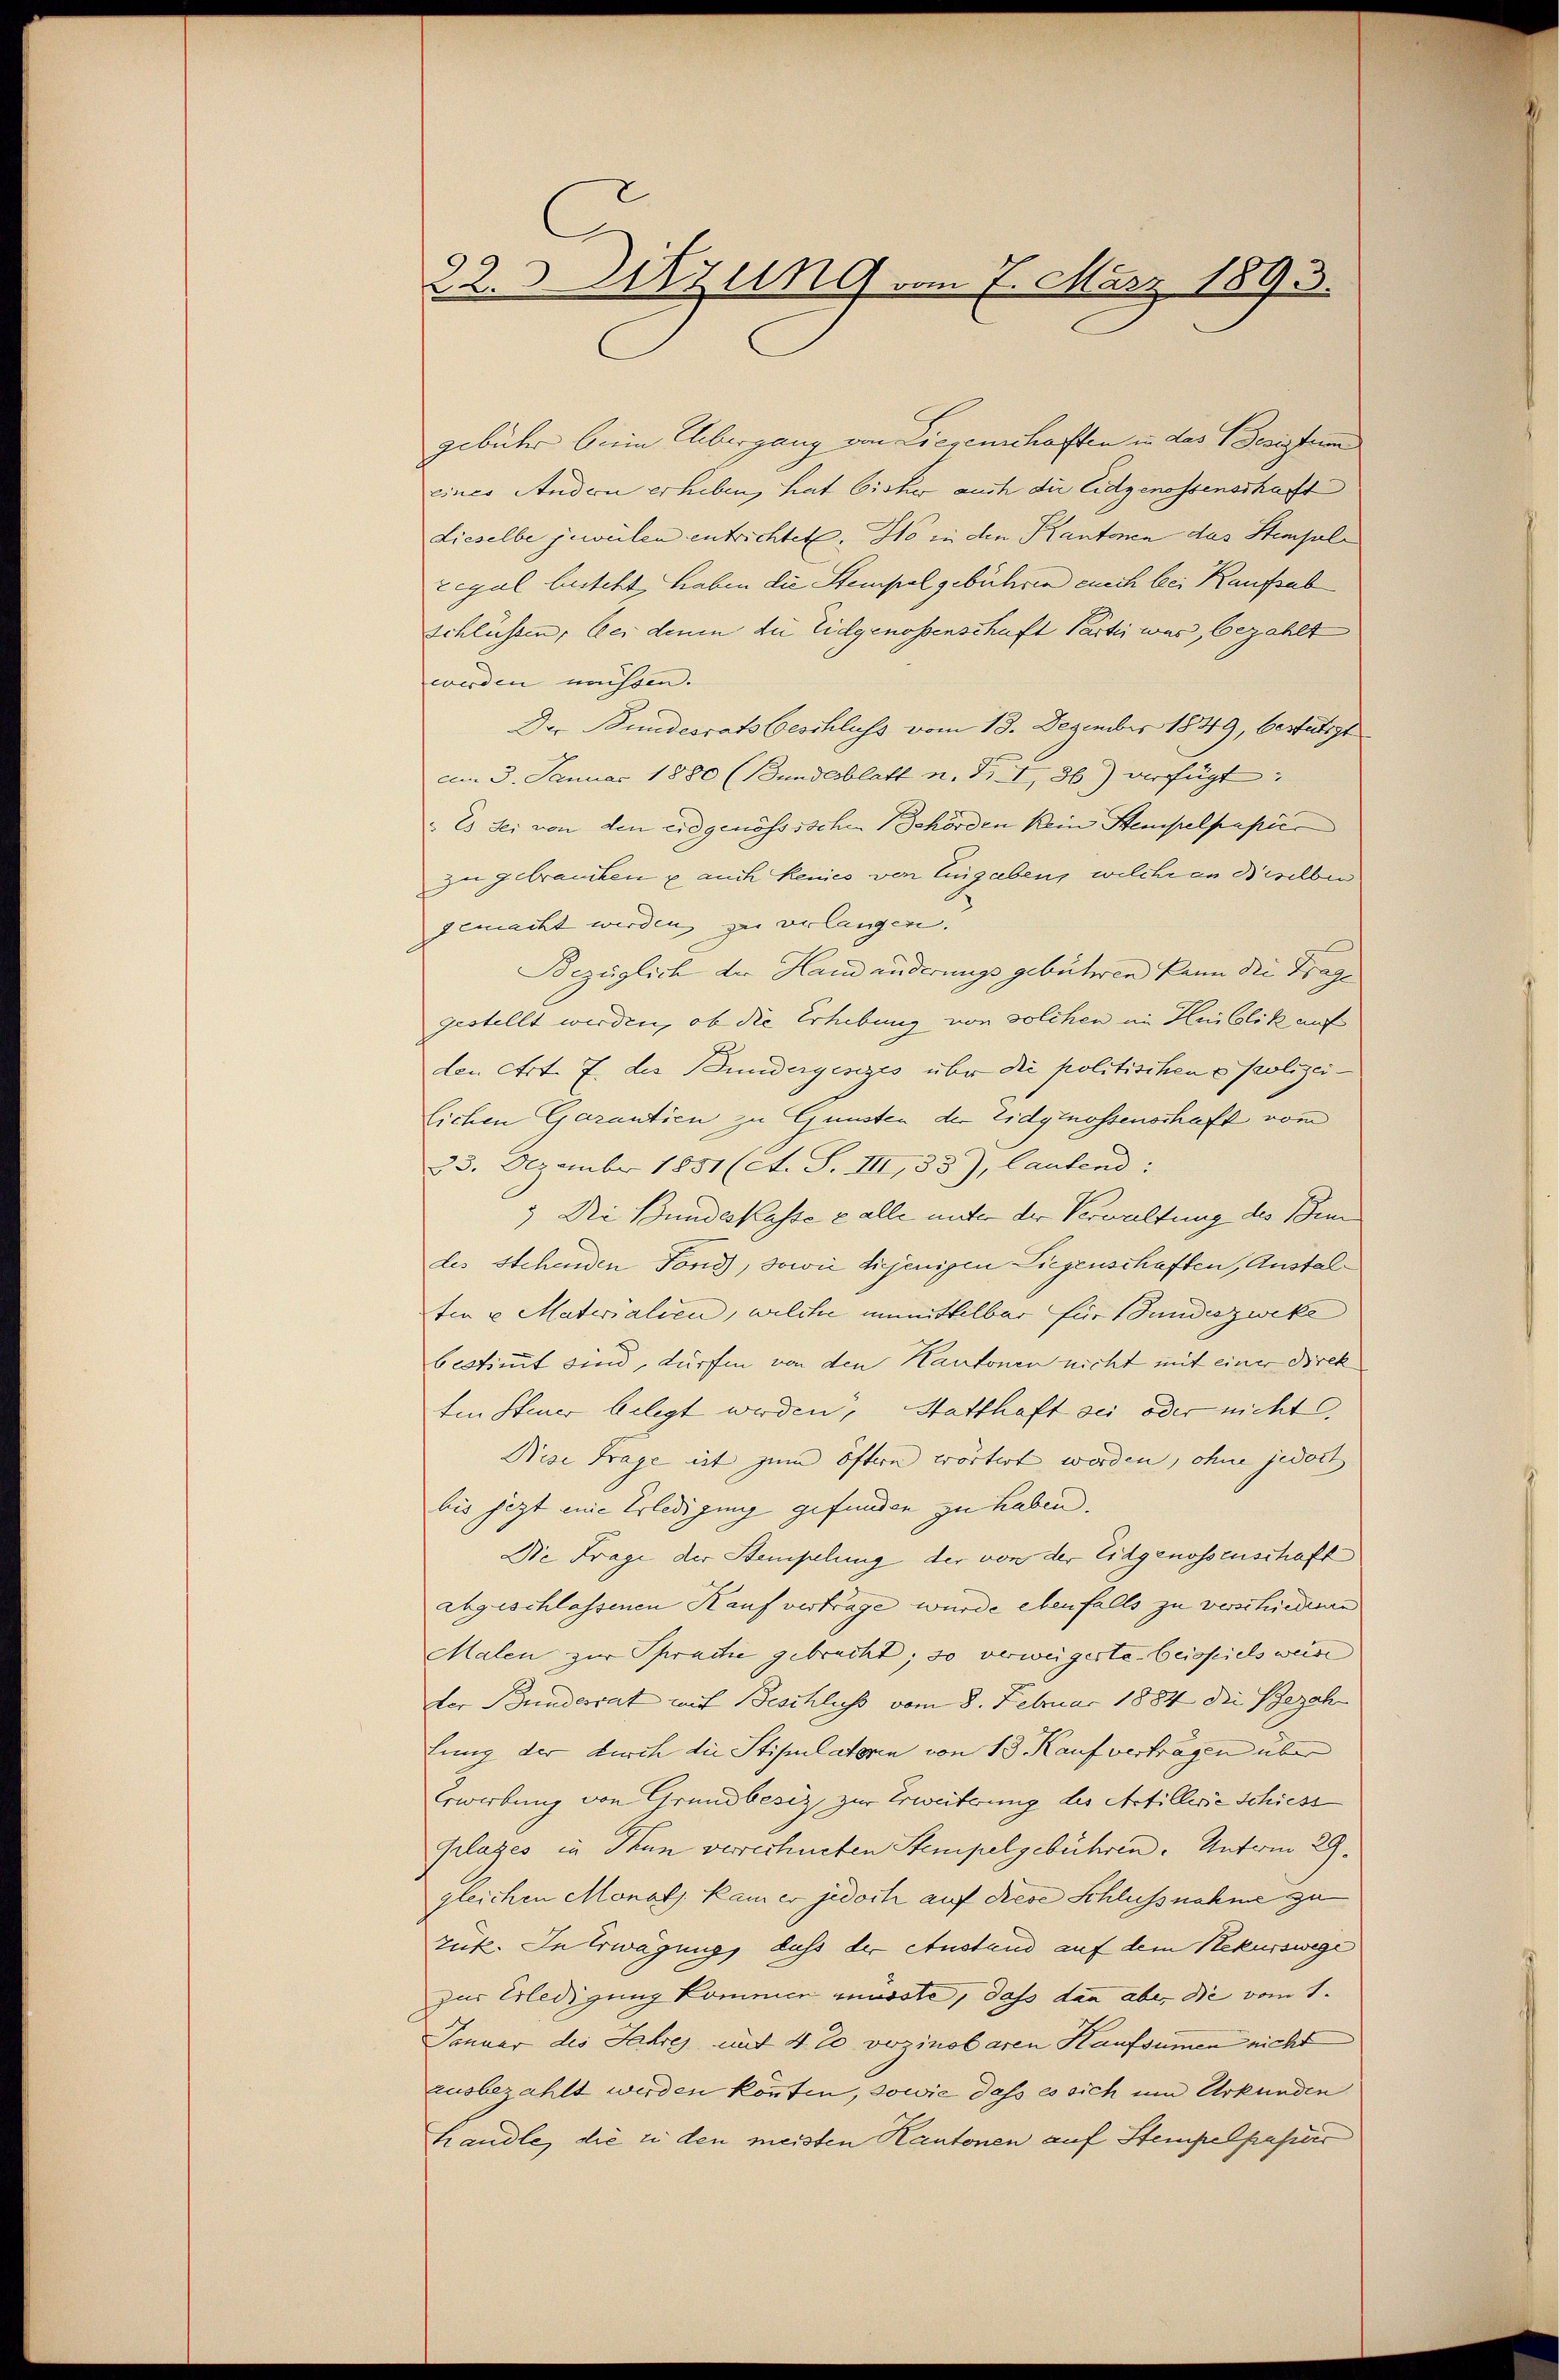
22. Sitzung vom 7. März 1893.

gebühr beim Übergang von Liegenschaften in das Beisterm
eines Andern erheben, hat bisher auch die Eidgenossenschaft
Lieselbe jeweilen entrichtet. So in den Kantonen das Stempelregal lusteht haben die Stempelgebühren auch bei Kaufsab
schlüssen, bei denen die Eidgenossenschaft Partig was bezahlt
werden müssen.
Der Bundesrats beschluss vom 18. Dezember 1849, bestätigt
Am 3. Januar 1880 (Bundesblatt n. F. I, 36) verfügt:
"Es sei von den eidgenössischen Gehörden kein Stempelpapie
zu gebrauchen u. auch Renies von Eingaben, welchern Biselber
gemacht werden zu verlangen.
Bezüglich der Handänderungs gebühren kann die Trage
gestellt werden, ob die Erhebung von solchen in Hubolik auf
den Art. 7. des Bundergesezes über die politischen Polizeilichen Garantien zu Gunsten der Eidgenossenschaft vom
33. Dezember 1851 (c. S. III,33), lautend:
. Die Bundeskasse z alle unter der Verwaltung des Bedes stehenden Fond, sowie diejenigen Liegenschaften, Anstalten u. Materialien, welche unmittelbar für Bundeszweke
bestimmt sind, dürfen von den Kantonen nicht mit einer Direk
ten Steuer belegt werden, Statthaft sei oder nicht.
Bise Frage ist zum öftern wörtert worden, ohne jedoch
bis jezt eine Erledigung gefunden zu haben.
Die Frage der Stempelung der von der Eidgenossenschaft
abgeschlassenen Kauf vertrage wurde ebenfalls zu verschiedenen
Malen zur Spracte gebracht; so verweigerte beispielsweise
der Bundesrat mit Beschluss vom 8. Februar 1884 die Bezahn
fung der durch die Stipulatorin von 13 Kaufverträgen über
Erwerbung von Grundbesiz zur Erweiterung des Artillerie Schiess
plages in Thun verrechneten Stempelgebühren. Unterm 29.
gleichen Monats kam er jedoch auf diese Schlussnahme zu
Zuk. In Erwägung, dass der Austand auf dem Rekurswege
zur Erledigung kommen müsste, dass dann aber die vom 1.
Januar des Jahres mit 4 % vozinobaren Kaufsummen nicht
ausbezahlt werden könnten, sowie dass es sich und Urkunden
handle, die zu den meisten Kantonen auf Stempelpapir